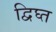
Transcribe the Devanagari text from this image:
द्विघ्त